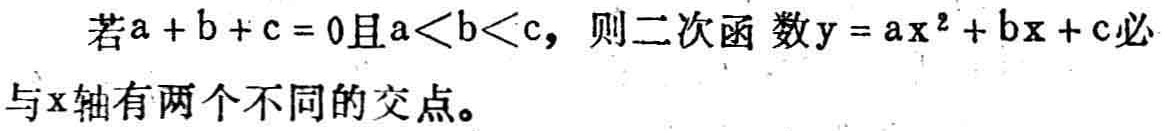
若\(a + b + c = 0\)且\(a<b<c\)，则二次函数\(y = ax^{2} + bx + c\)必与\(x\)轴有两个不同的交点。